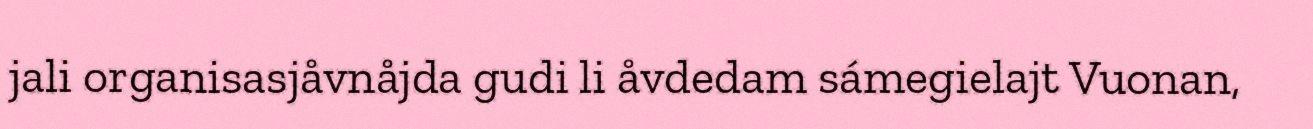
jali organisasjåvnåjda gudi li åvdedam sámegielajt Vuonan,